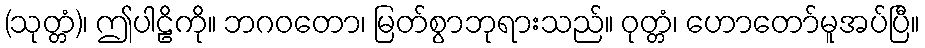
(သုတ္တံ)၊ ဤပါဠိကို။ ဘဂဝတော၊ မြတ်စွာဘုရားသည်။ ဝုတ္တံ၊ ဟောတော်မူအပ်ပြီ။